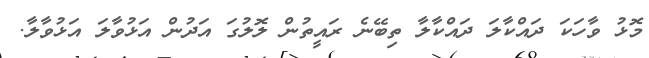
މޮޅު ވާހަކަ ދައްކާލަ ދައްކާލާ ތިބޭނެ ރައީތުން ލޮލުގަ އަދުން އަޅުވާލަ އަޅުވާލާ.